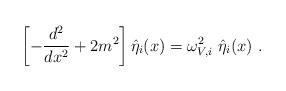
LaTeX: \begin{align*}\left[-\frac{d^2}{dx^2}+2m^2\right]\hat{\eta}_i(x)=\omega_{V,i}^2~\hat{\eta}_i(x)~.\end{align*}